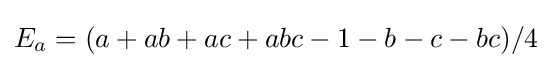
E_{a}=(a+ab+ac+abc-1-b-c-bc)/4